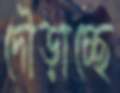
দৌড়াচ্ছে